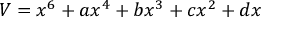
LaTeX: V = x ^ { 6 } + a x ^ { 4 } + b x ^ { 3 } + c x ^ { 2 } + d x